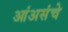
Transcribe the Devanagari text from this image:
आंअसंचे